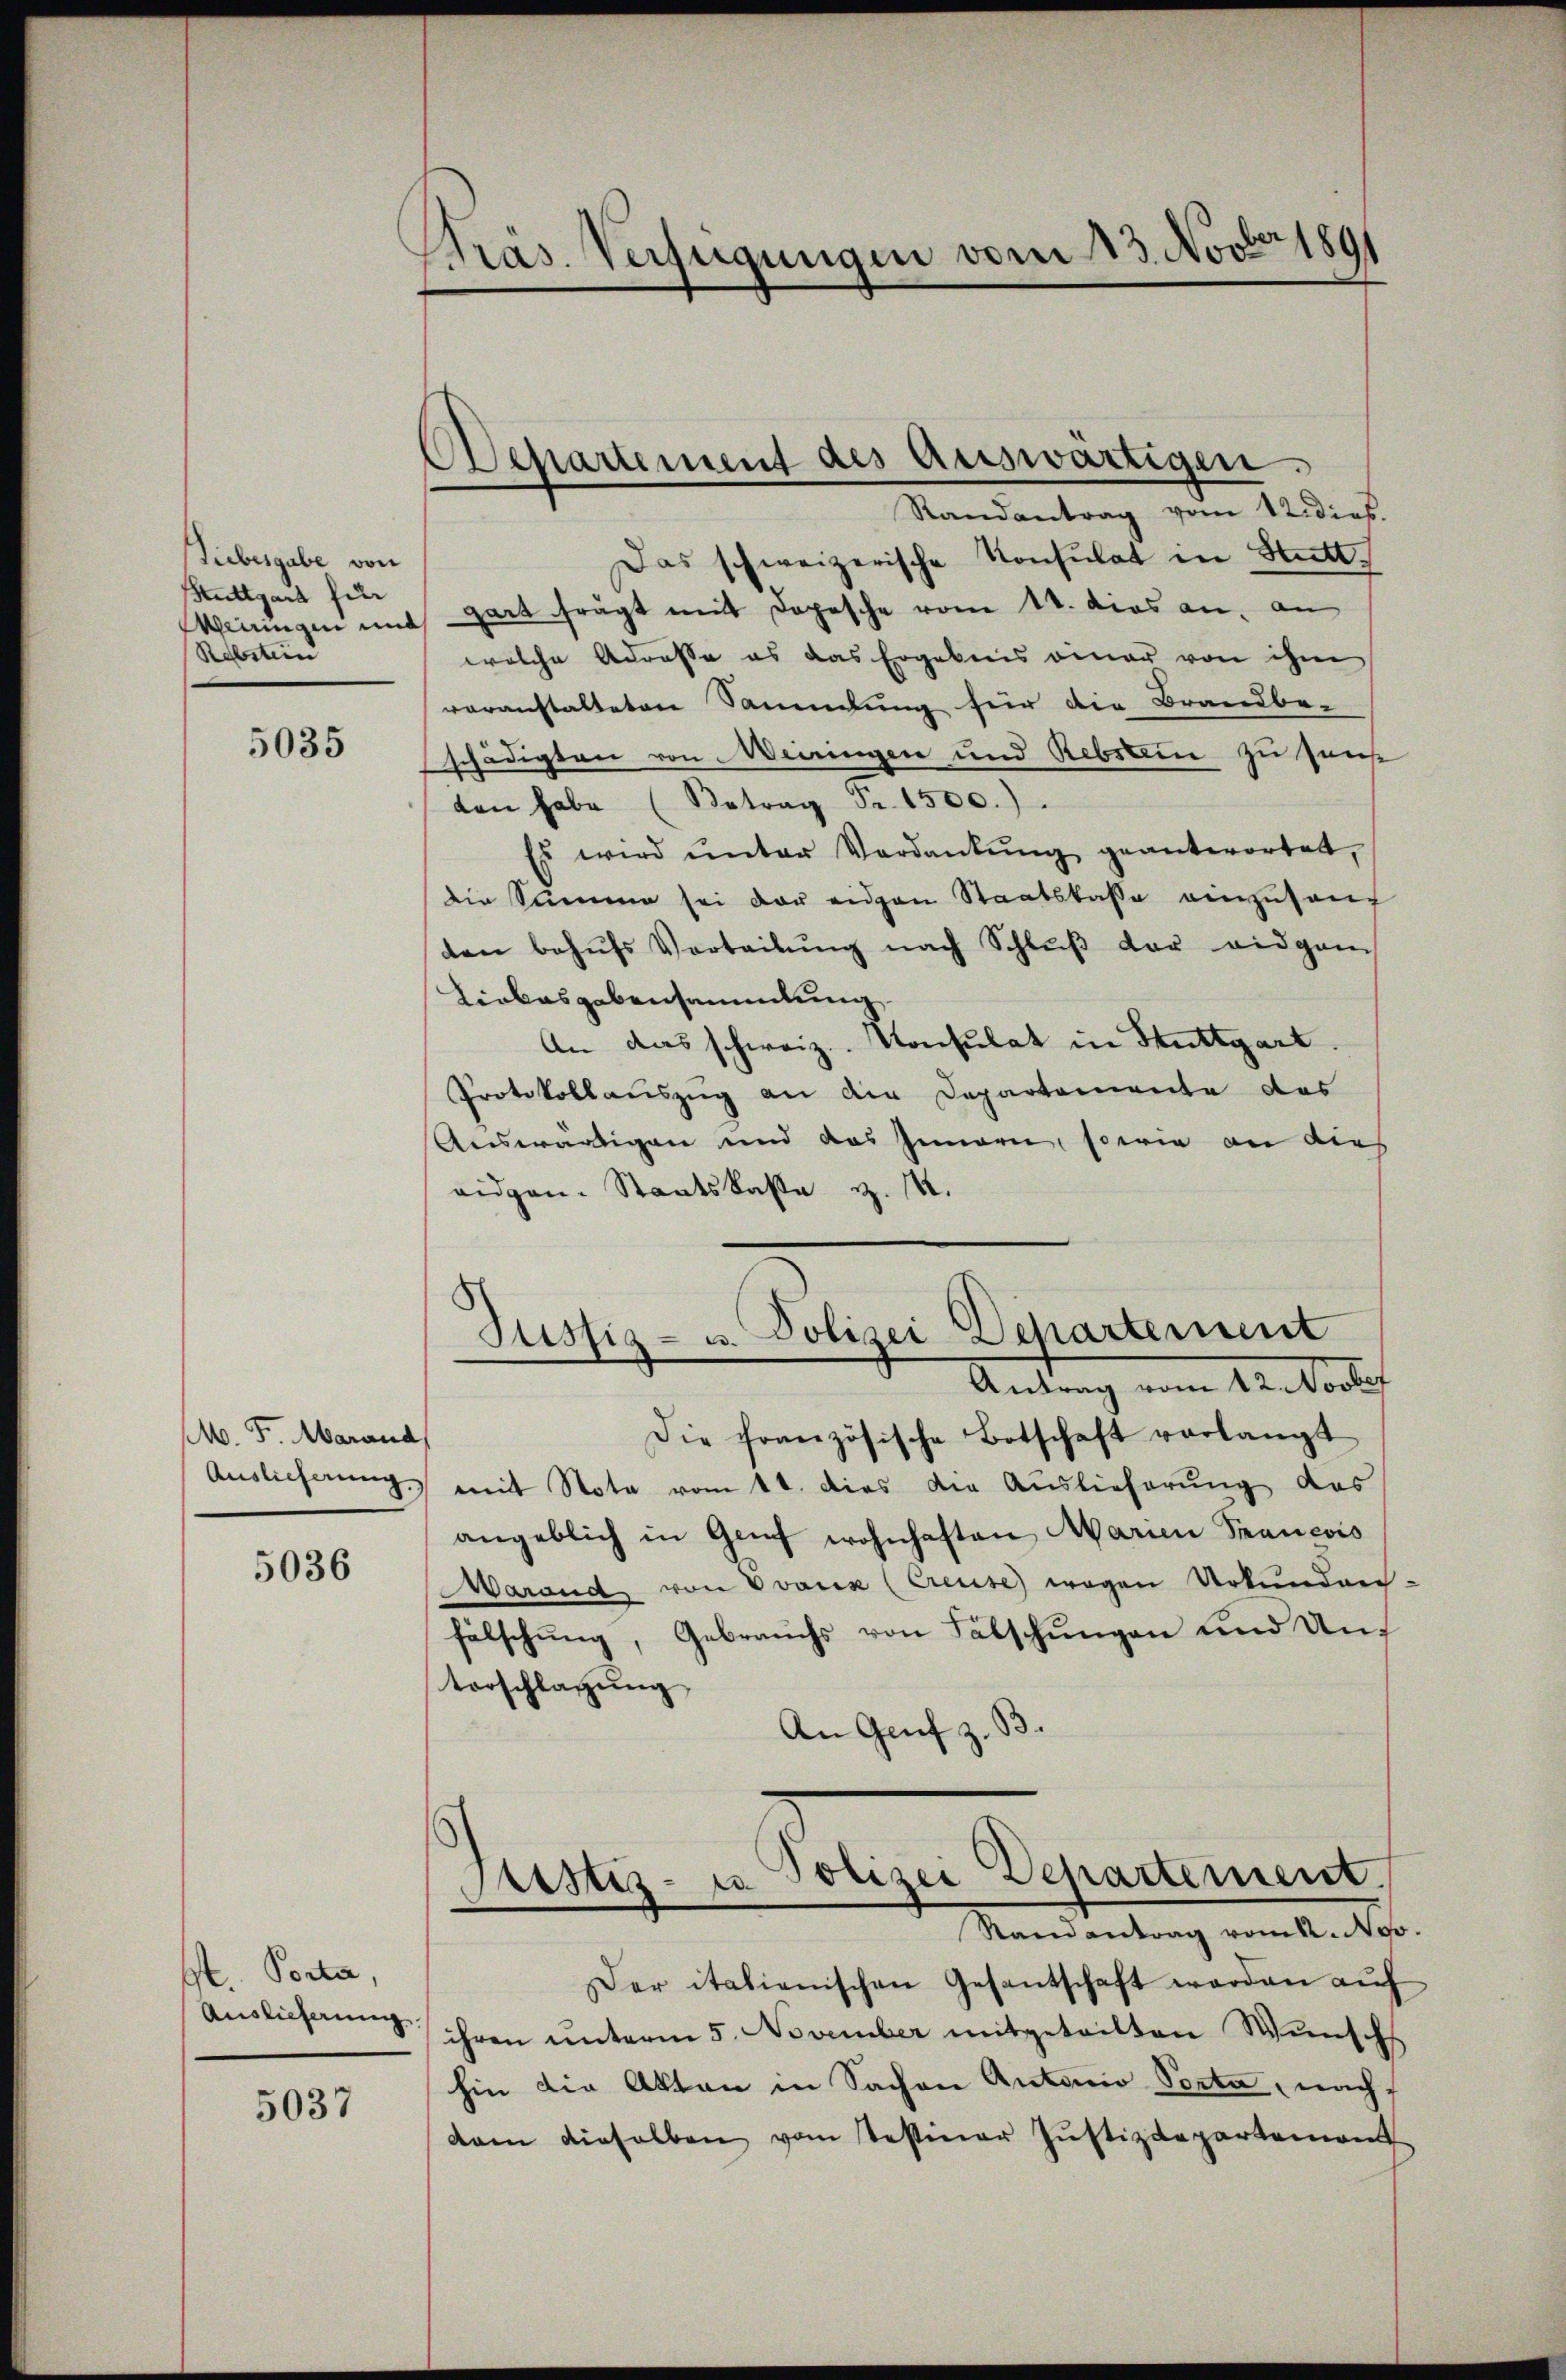
Siebesgabe von
Stuttgart für
Rebstein

5035

M. F. Marand,
Auslieferung.

5036

St. Porta,
Auslieferung.

5037

Präs. Verfügungen vom 13. Novber 1891

Departement des Auswärtigen.
Randantrag vom 12 dies

Das schweizerische Konsulat in Stattkeinem und Zeit frägt mit Depesche vom 14. dies an, an
welche Adresse es das Ergebnis einer von ihm
veranstalteten Sammlung für die Brandbe-
schädigten von Weiringen und Rebstein zu sans
den habe (Betrag Fr. 1500.)
Es wird ŭnter Verdankŭng geantwortet,
die Summe sei der einen Staatskasse einzuhauf
ten behŭfs Verteilŭng nach Schlŭβ der eidgan
Liebesgebensammlung.
An das schweiz. Konsulat in Stuttgart.
Protokollauszug an die Departemente des
Auswärtigen und das Innern, sowie an dies
eidgen. Staatskasse v. 14.

Justiz- u. Polizei-Departement
Antrag am Rectores

Piustiz- u. Polizei Departement.
Randantrag vom 22. Nov.

Die französische Botschaft verlangt
mit Note vom 11. dies die Auslieferung das
angeblich in Genf wohnhaften Marien Francois
Marand von Vvoxx (Creuse wegen Urkunden-
fälschung, Gebrauchs von Fälschungen und Auf
Vorschlagung
An Genf z. B.

Der italienischen Gesantschaft werden auf
ihren unterm 5. November mitgeteilten Wunsch
hin die Akten in Sachen Antonio Porta, nach
dam dieselben vom testiner Justizdepartement